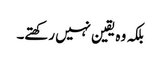
بلکہ وہ یقین نہیں رکھتے۔